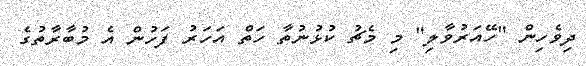
ދިވެހިން "ހޭއަރުވާލި" މި މެޗު ކުޅުނުތާ ހަތް އަހަރު ފަހުން އެ މުބާރާތުގެ